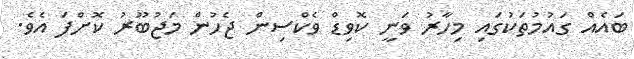
ބައެއް ގައުމުތަކުގައި މިހާރު ވަނީ ކޮވިޑް ވެކްސިން ޖެހުން މަޖުބޫރު ކޮށްފަ އެވެ.